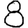
Digit: 8